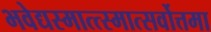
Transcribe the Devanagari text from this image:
भवेद्यस्मात्त्स्मात्सर्वोत्तमा